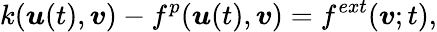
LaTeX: k({\boldsymbol{\mathbf{\mathit{u}}}}(t),{\boldsymbol{\mathbf{\mathit{v}}}})-f^{p}({\boldsymbol{\mathbf{\mathit{u}}}}(t),{\boldsymbol{\mathbf{\mathit{v}}}})=f^{ext}({\boldsymbol{\mathbf{\mathit{v}}}};t),